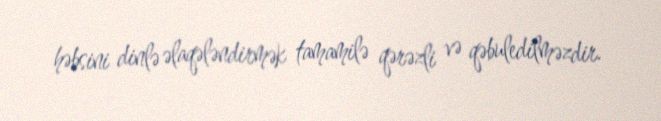
həbsini dinlə əlaqələndirmək tamamilə qərəzli və qəbuledilməzdir.